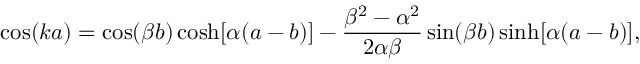
\cos ( k a ) = \cos ( \beta b ) \cosh [ \alpha ( a - b ) ] - { \frac { \beta ^ { 2 } - \alpha ^ { 2 } } { 2 \alpha \beta } } \sin ( \beta b ) \sinh [ \alpha ( a - b ) ] ,